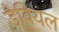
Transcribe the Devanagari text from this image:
डेवियल